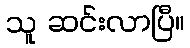
သူ ဆင်းလာပြီ။